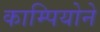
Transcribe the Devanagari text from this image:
काम्पियोने